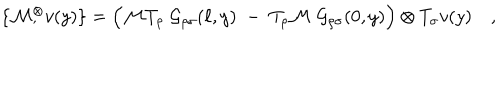
LaTeX: \{ { \cal M } { } _ { , } ^ { \otimes } v ( y ) \} = \Bigl ( { \cal M } T _ { \rho } \; { \cal G } _ { \rho \sigma } ( \ell , y ) \; - \; T _ { \rho } { \cal M } \; { \cal G } _ { \rho \sigma } ( 0 , y ) \Bigr ) \otimes T _ { \sigma } v ( y ) \quad ,